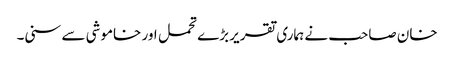
خان صاحب نے ہماری تقریر بڑے تحمل اور خاموشی سے سنی۔